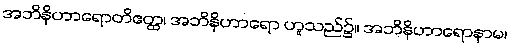
အဘိနိဟာရောတိဧတ္ထ၊ အဘိနိဟာရော ဟူသည်၌။ အဘိနိဟာရောနာမ၊